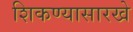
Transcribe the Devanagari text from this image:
शिकण्यासारखे